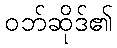
ဝဘ်ဆိုဒ်၏